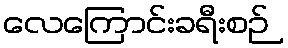
လေကြောင်းခရီးစဉ်